Bréfritari: Jóhannes Halldórsson
Dagsetning: A-1876-07-18
Skrifað á: Vesturheimi

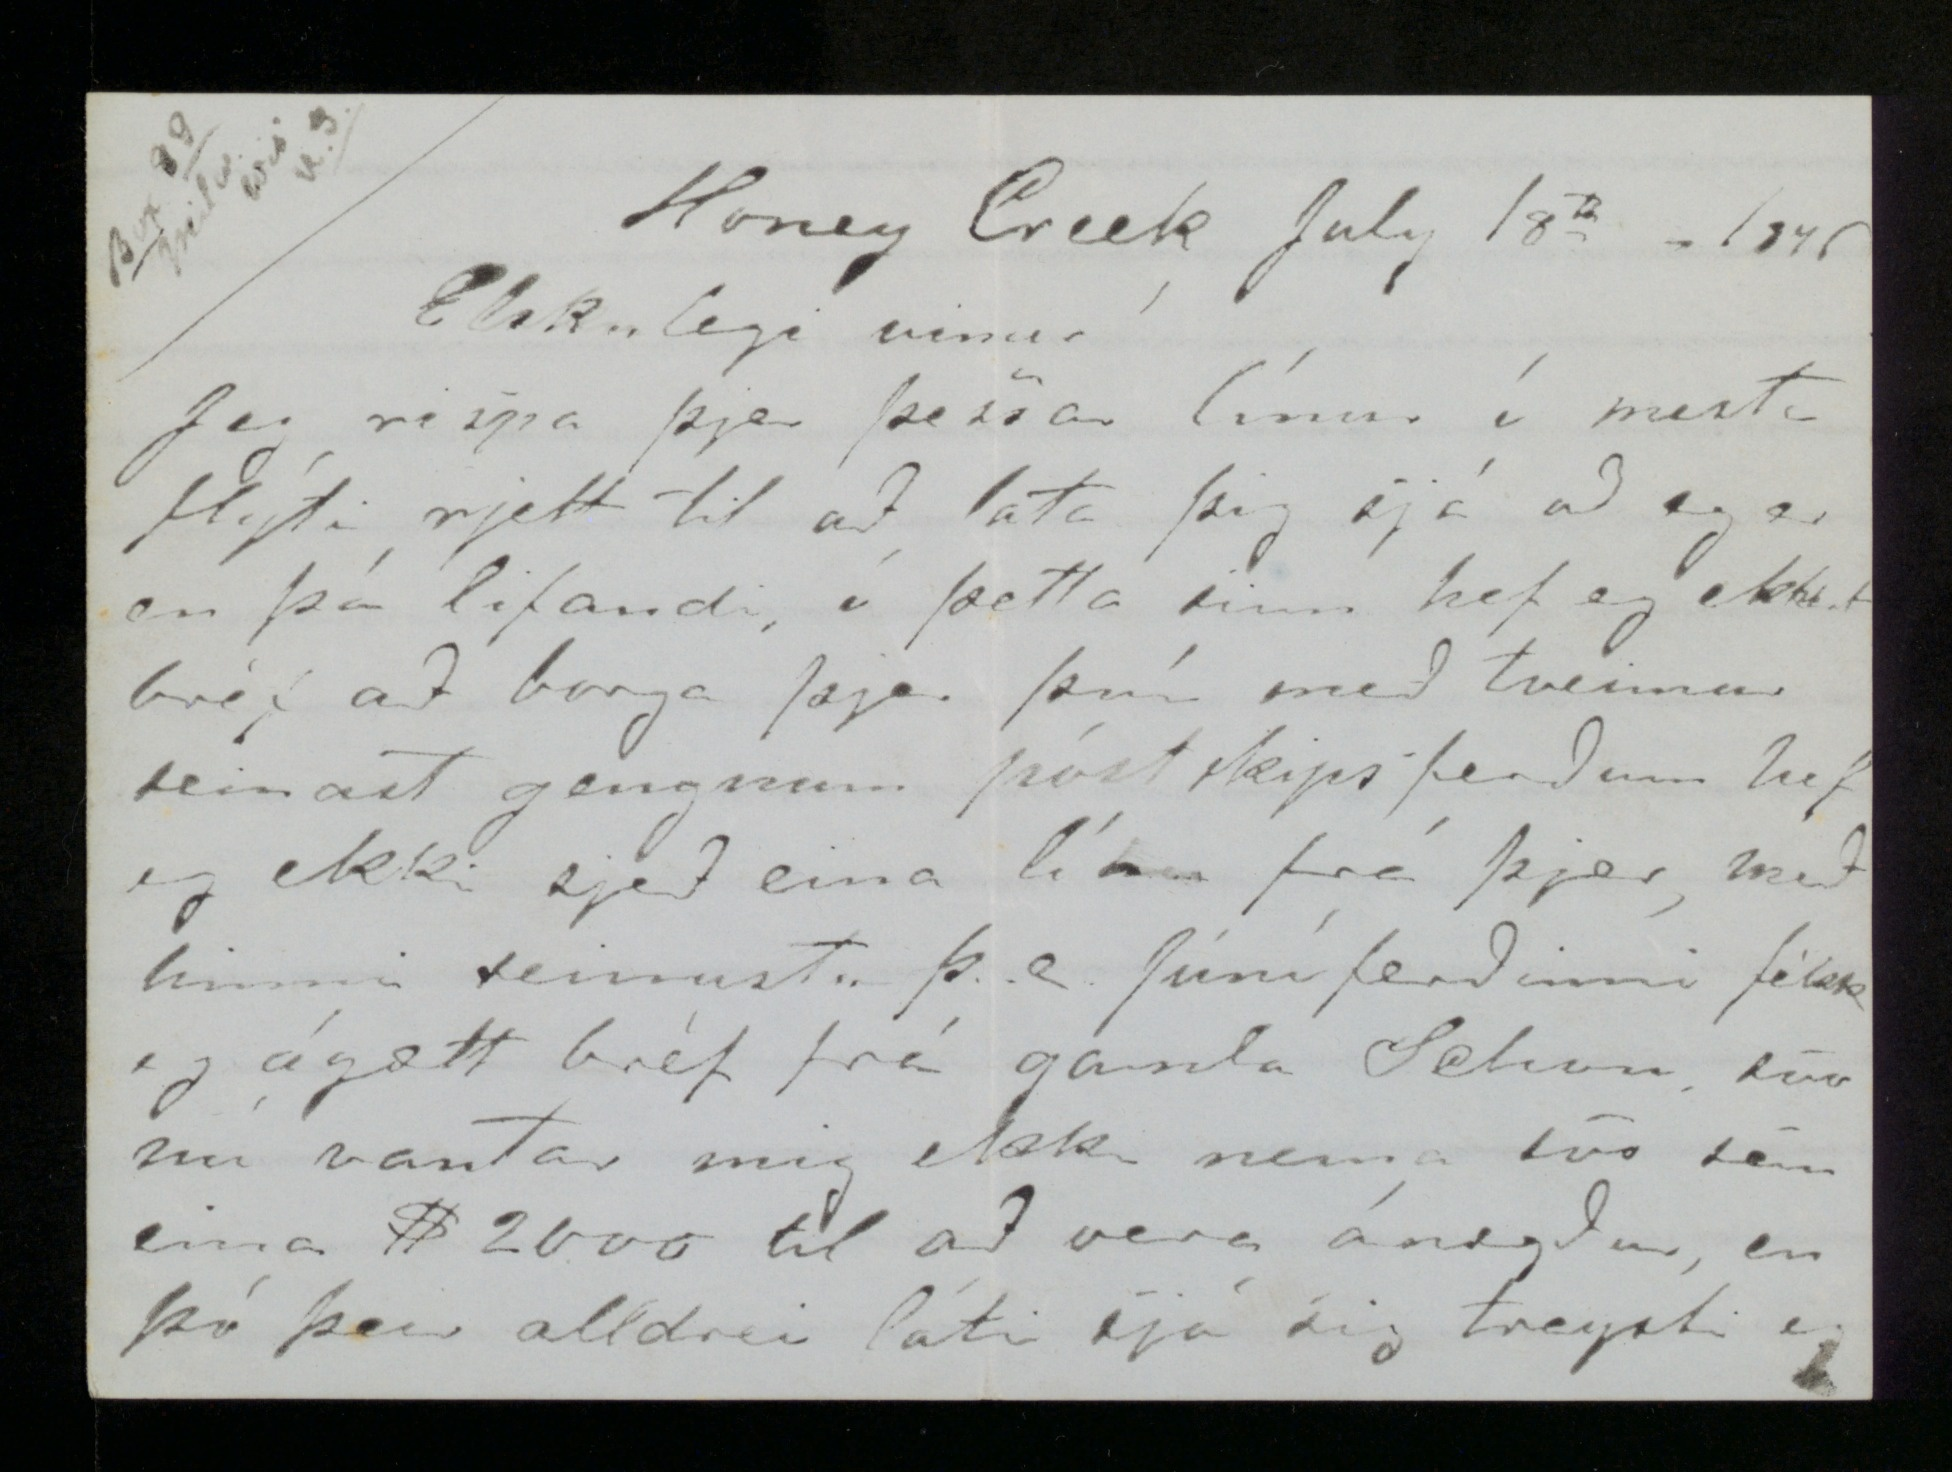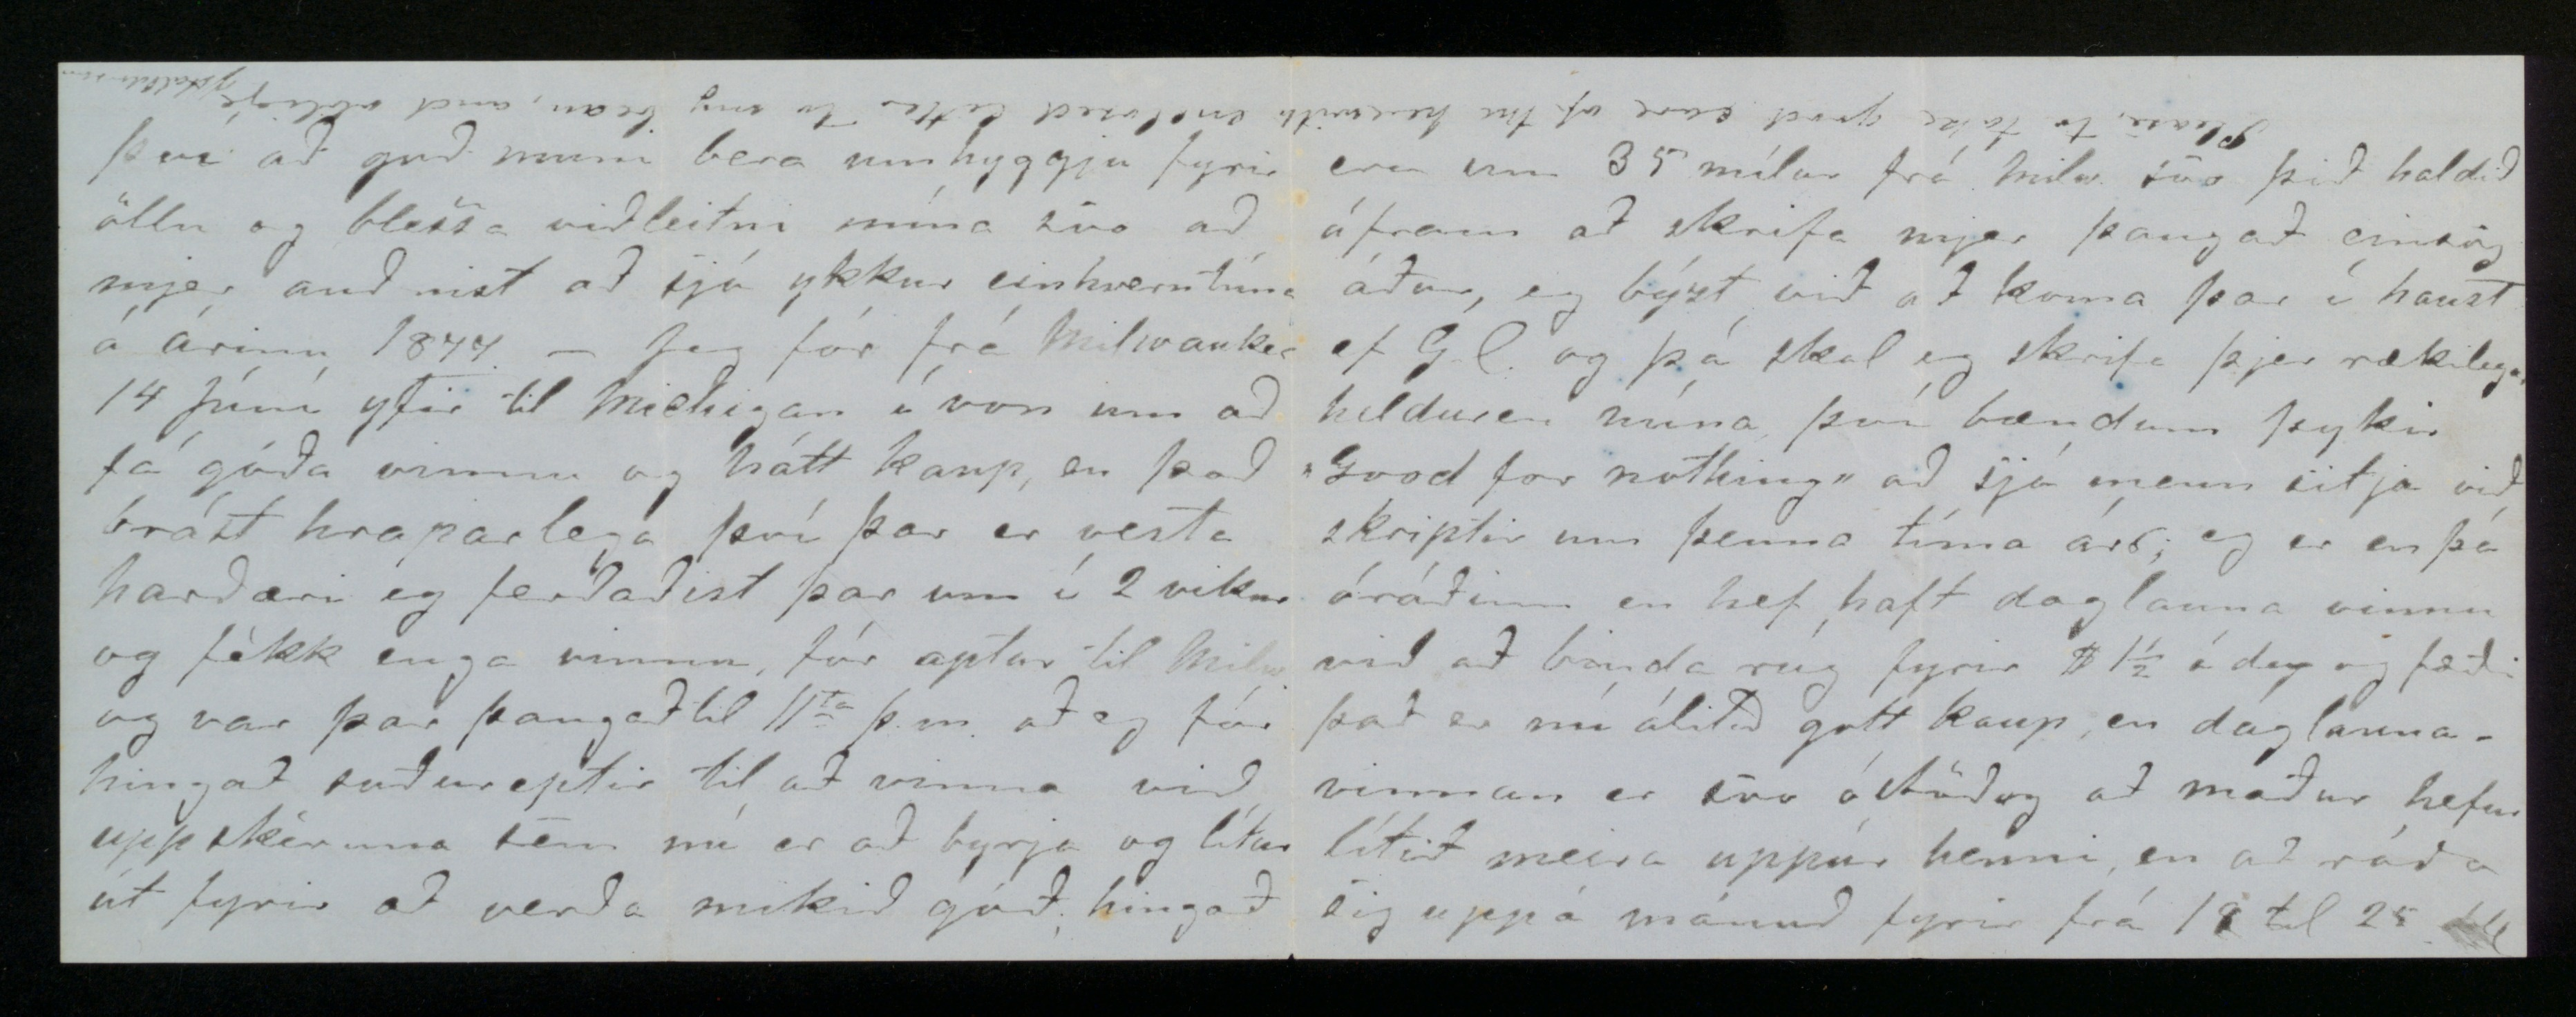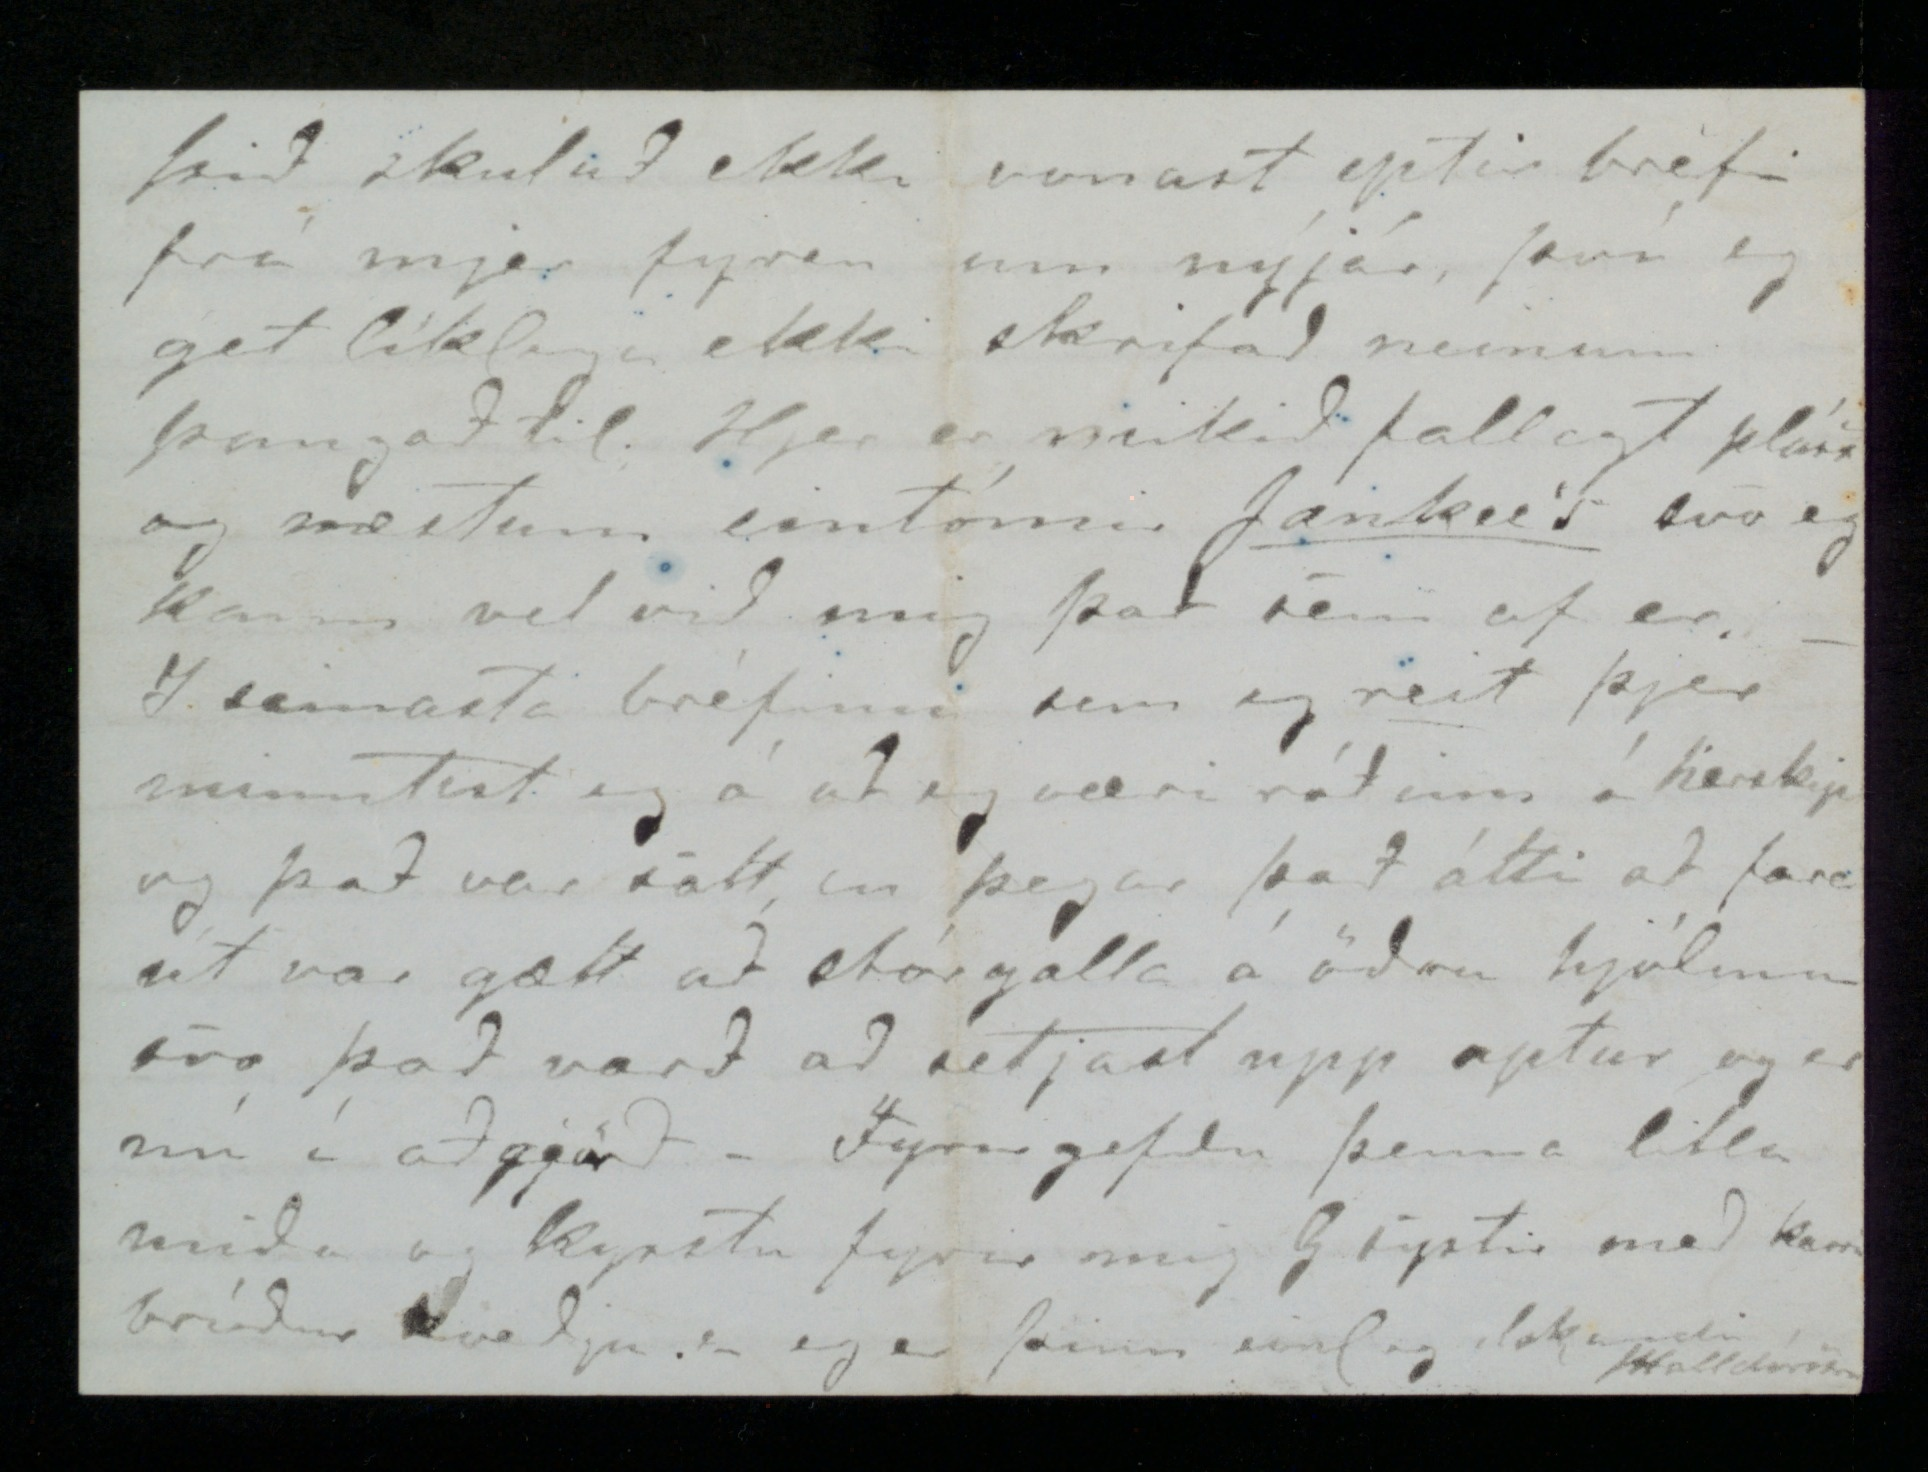

Honey Creek July 18
th
1876
Elskulegi vinur!
Jeg rispa þjer þessar línur í mesta flýti rjett til að lata þig sjá að eg er en þá lifandi, í þetta sinn hef jeg ekkert bréf að borga þjer því með tveimur seinast gengnum póstskipsferðum hef eg ekki sjeð eina línu frá þjer, með hinni seinustu þ.e. Júníferðinni fékk eg ágætt bréf frá gamla Schon, svo nú vantar mig ekki nema svo sem eina $2000 til að vera ánægður, en þó þeir alldrei láti sjá sig treysti eg
því að guð muni bera umhyggju fyrir öllu og blessa viðleitni mína svo að mjer auðnist að sjá ykkur einhverntíma á árinu 1877. Jeg fór frá Milwaukee 14. Júní yfir til Michigan í von um að fá góða vinnu og hátt kaup, en það brást hraparlega því þar er vesta harðæri eg ferðaðist þar um í 2 vikur og fékk enga vinnu, fór aptur til Milw. og var þar þangað til 11
ta
þ.m. að eg fór hingað vestureptir til að vinna við uppskéruna sem nú er að byrja og lítur út fyrir að verða mikið góð, hingað
Please, to take good care of the herewith enclosed letter to my
bean
and
obilige
J Halldorsson
eru um 35 mílur frá Milw. svo þið haldið áfram að skrifa mjer þangað einsog áður, eg býst við að koma þar í haust ef G.l. og þá skal eg skrifa þjer rækilegar helduren núna því bændum þykir "Good for nothing" að sjá menn sitja við skriptir um þenna tíma árs, eg er enþá óráðinn en hef haft daglauna vinnu við að binda rúg fyrir $ 1 1/2 á dag og fæði það er nú álitið gott kaup, en daglaunavinnan er svo óstöðug að maður hefur lítið meira uppúr henni en að ráða sig uppá mánuð fyrir frá 18 til 25 doll
þið skulið ekki vonast eptir bréfi frá mjer fyren um nýjár, því eg get líklega ekki skrifað neinum þangað til. Hjer er mikið fallegt pláss og næstum eintómir
Jankee's
svo eg kann vel við mig það sem af er. I seinasta bréfinu sem eg reit þjer minntist eg á að eg væri ráðinn á herskip og það var satt, en þegar það átti að fara út var gætt að stórgalla á öðru hjólinu svo það varð að setjast upp aptur og er nú aðgjörð. Fyrirgefðu þenna litla miða og kysstu fyrir mig G systir með kærri bróður kveðju eg er þinn einl og elskandi
JHalldórsson